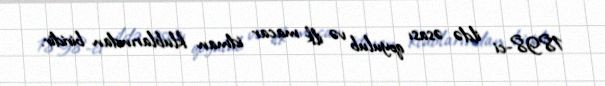
1898-ci ildə əsası qoyulub və ilk macar idman klublarından biridir.